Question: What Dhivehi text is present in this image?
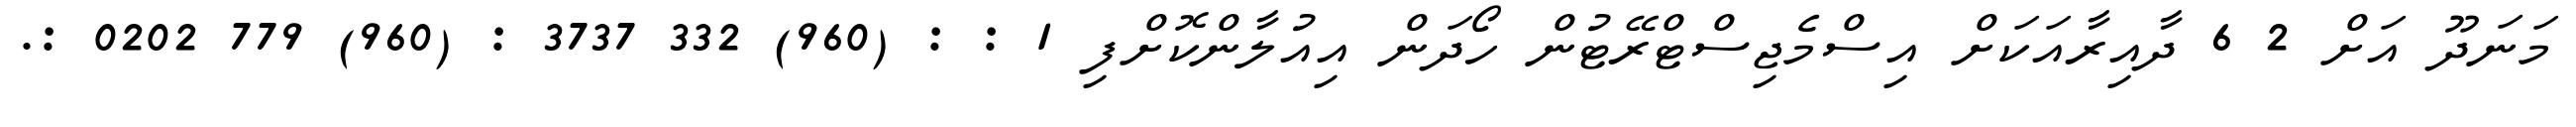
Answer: މަނަދޫ އަށް 2 6 ދާއިރާއަކަށް އިސްމެޖިސްޓްރޭޓުން ހޯދަން އިއުލާންކޮށްފި 1 : : (960) 332 3737 : (960) 779 0202 :.